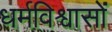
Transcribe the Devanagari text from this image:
धर्मविश्वासों